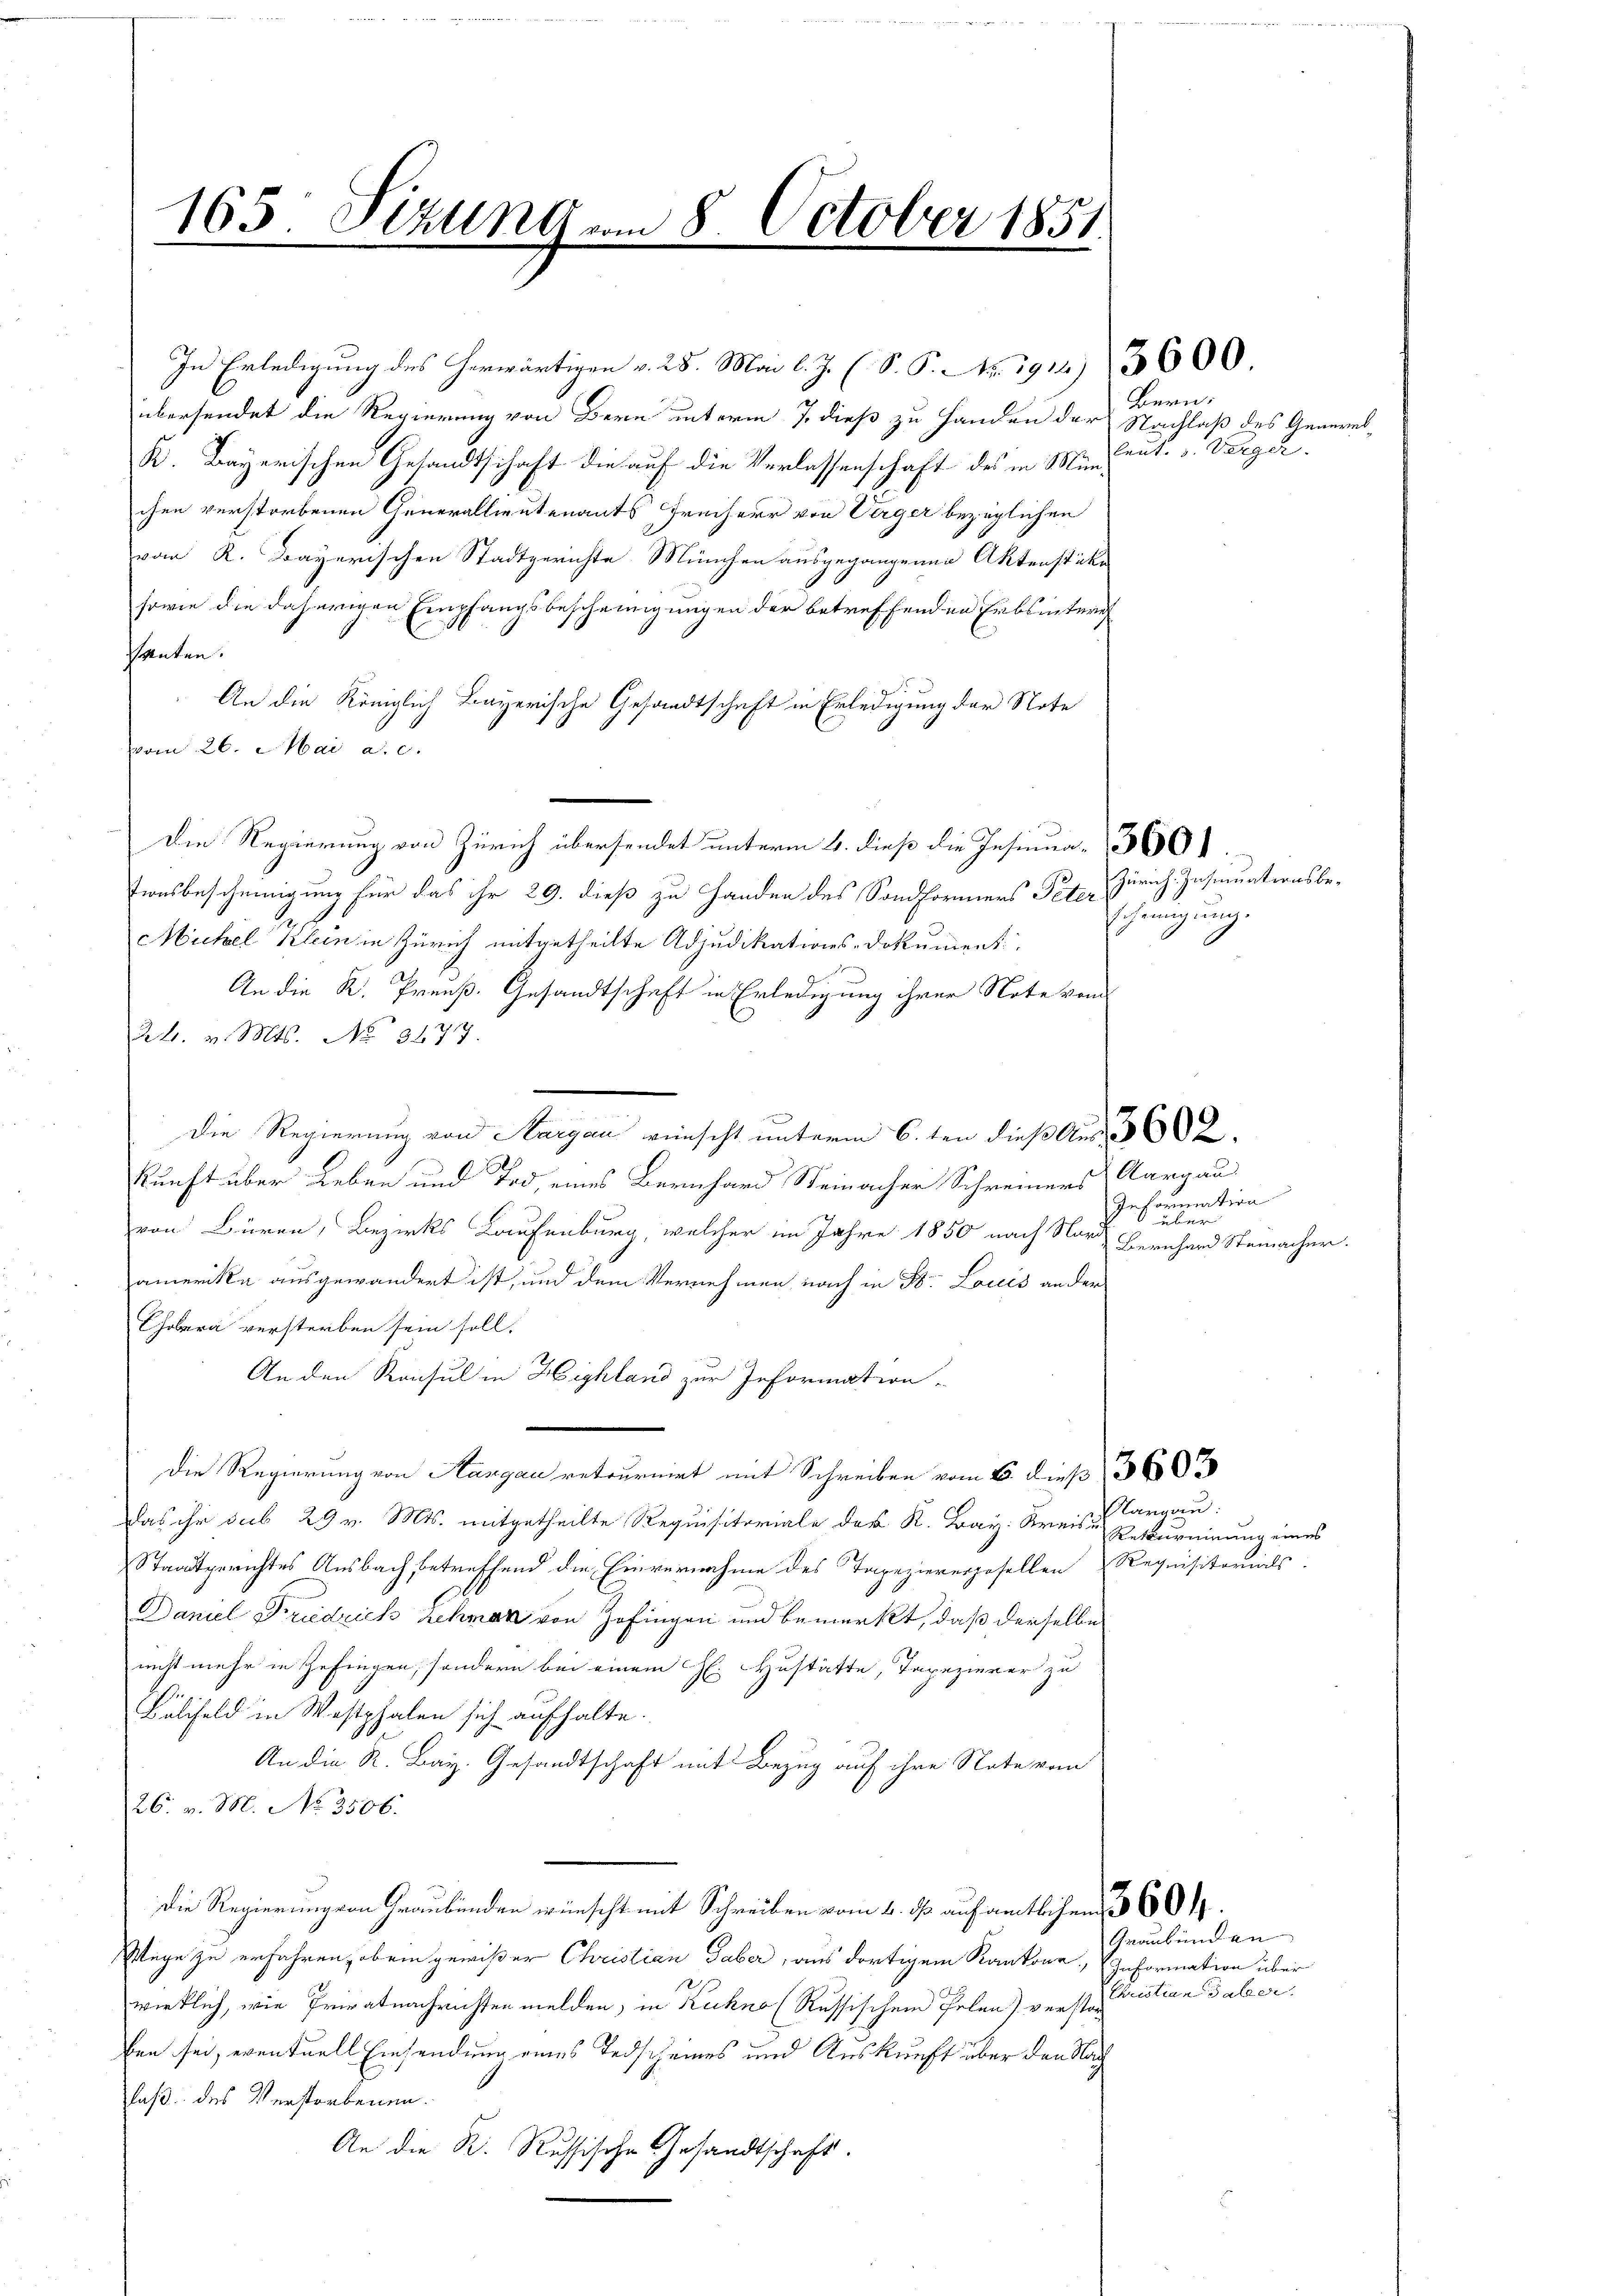
165. Sizung vom 8. October 1851
5
.
.

übersendet die Regierung von Bern unterm 7. dieß zu Handen der
K. Bayerischen Gesandtschaft die auf die Verlassenschaft des in München verstorbenen Generalleutenants Freiherr von Verger bezüglichen
vonm R. Bayerischen Stadtgerichte München ausgegangenen Aktenstüke
sowie die daherigen Empfangsbescheinigungen der betreffenden Erbsinterg
santen.
An die Königlich Bayerische Gesandtschaft in Erledigung der Note
vom 26. Mai a. c.
Die Regierung von Zürich übersendet unterm 6. dieß die Insinua
tionsbescheinigung für das ihr 29. dieß zu Handen des Sondformers Peter
Müchel Klein in Zürich mitgetheilte Adjudikations-Dokument
An die K. Preuß. Gesandtschaft in Erledigung ihrer Note von
24. v. Mts. No 3477.
Die Regierung von Aargau wünscht unterm 6. ten dieß Aus
kunft über Leben und Tod, eines Bernhard Steinacher Schreiners
von Büren, Bezirks Laufenburg, welcher im Jahre 1850 nach Nord
amerika ausgewandert ist, und dem Vernehmen, nach in Bd. Louis an der
Cholera versterben sein soll.
An den Konsul in Highland zur Information
Die Regierung von Hangau retournirt mit Schreiben vom 6. dieß 360
.
Staatsgerichtes Ausbach betreffend die Einvernahme des Tapezieresgesellen Requisitorials
Daniel Friedrich Zehman von Zofingen und bemerkt, daß derselbe
nicht mehr in Zofingen, sondern bei einem H. Hustätte, Tapezierer zu
Bälfeld in Westphalen sich aufhalte.
An die K. Bay. Gesandtschaft mit Bezug auf ihre Note vom
26. v. M. No. 3506.
Die Regierung von Graubünden wünscht mit Schreiben vom 4. ds. auf amtlichen 60.
Wege zu erfahren, ob ein gewißer Christian Gaber, aus dortigem Kantoor Information über
wirklich, wie Privatnachrichten melden, in Kuhno (Russischem Polen) verstän
ben sei, eventuell Einsendung eines Todscheines und Auskunft über den Nach
laß des Verstorbenen.
An die K. Russische Gesandtschaft.

In Erledigung des herwärtigen v. 25. Mai l. J. (S. S. Nr. 1912. 3600.

Bern.
Nachlaß des General
Enut. v. Verger.

Zürich. Insinuationsbescheinigung.

Aargau.
Information
 über
Bernhard Steinacher.

Aargau:
Retturminung eines

Graubünden
Christian Galler